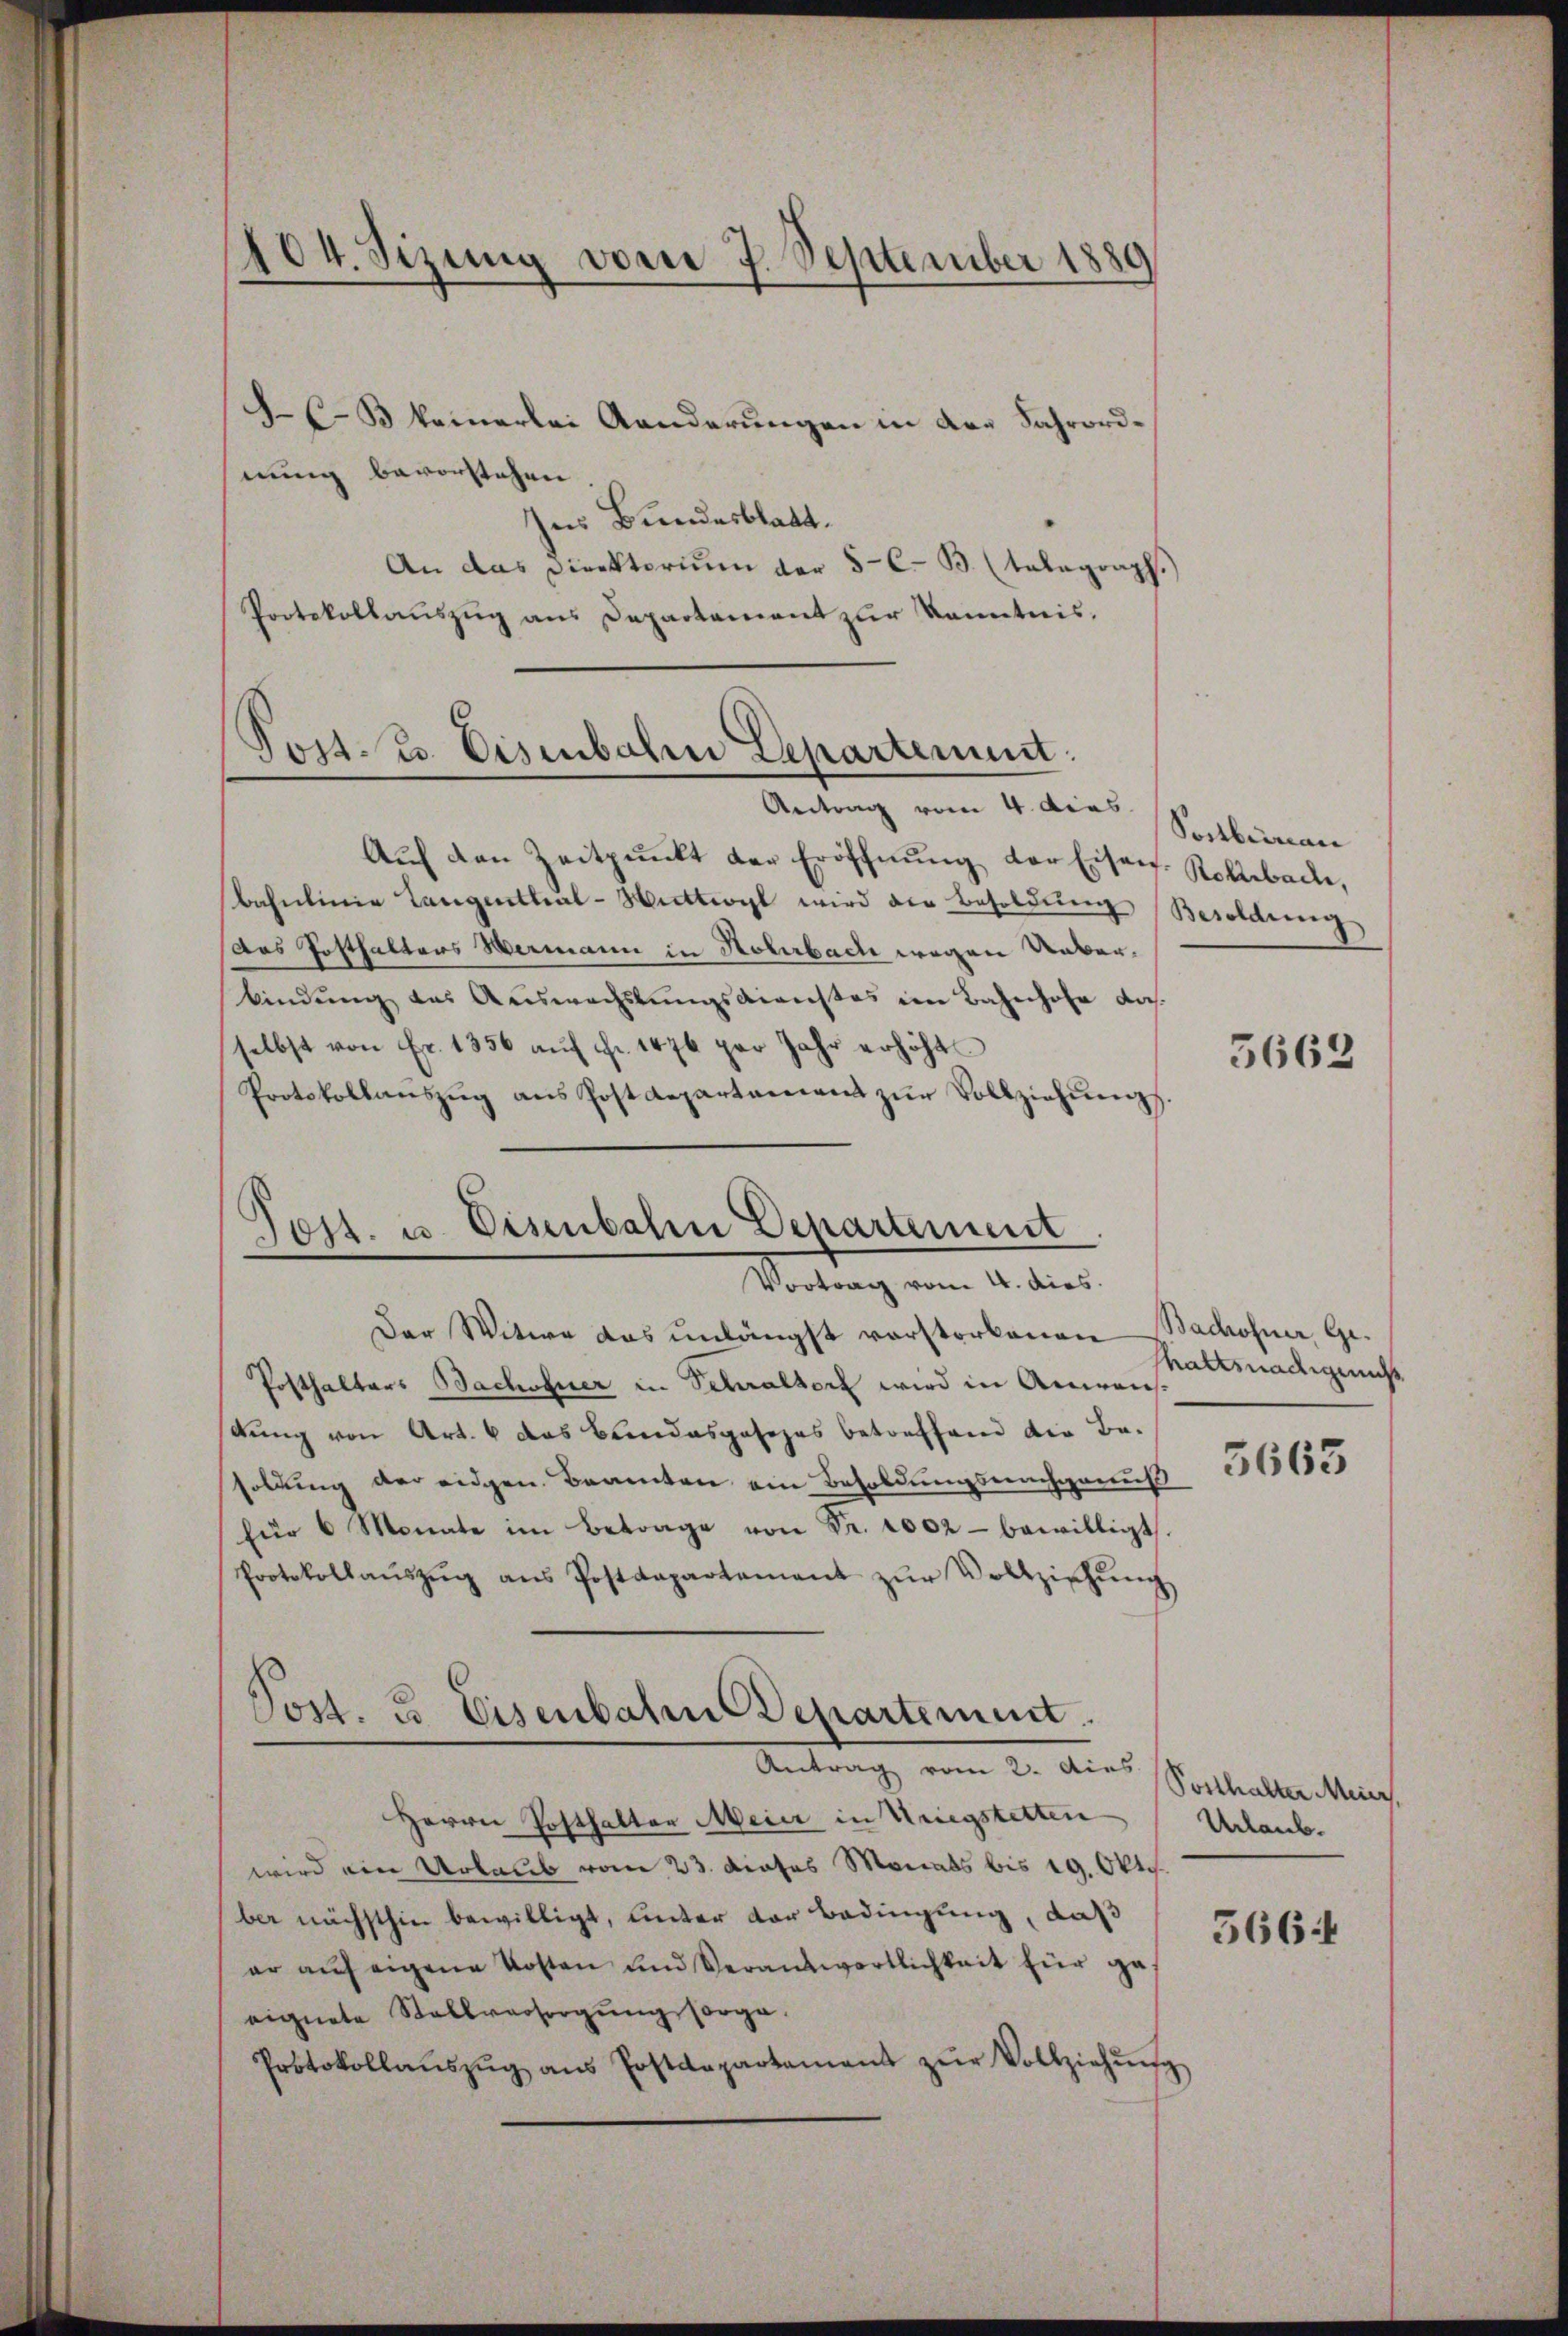
104. Sizung vom 7. September 1889

(B keinerlei Aanderungen in der Fahrordnung bevorstehen
Ins Bundesblatt.
An das Direktorium der 5-C. B. (talagraph.)
Protokollauszug aus Departement zur Kenntnis.

Post. Zs. Eisenbahn Departement.
Antrag vom 4. dies

Post. u. Eisenbahn Departement
Vortrag vom 4. dies

Auf den Zeitpunkt der Eröffnung der Eisen. Rehlebache,
Bahnlinie Langenthal-Wattwyl wird die Besoldung
Das Posthalters Wermann in Noterbach wegen Ueberbindŭng aus Auswachslungsdienstes im Bahnhofe das
selbst von Fr. 1356 aŭf Fr. 1476 per Jahr erhöht
Protokollaŭszŭg ans Postdepartament zŭr Vollziehŭng.
Der Witwe das unlängst vorstorbenen Bachofner, Ge¬
Posthalters Bachofner in Sehraltorf wird in Anweich
dung von Art. 4 das Bandasposezes betreffend die Besoldung der eidgen. Beamten am Besoldungsnachgenuß 36685
für 6 Monate im Betrage von Fr. 1002 - bewilligt.
Protokollaŭszŭg ans Postdepartement zŭr Vollziehŭng
Post. u. Eisenbahne Departement.
Antrag vom 2. Ains
Herrn Posthalter Meier in Kriegstetten
wird ein Urlaub vom 23. dieses Monats bis 19. Okt.
ber nächsthin bewilligt, unter der Bedingung, daß
er aŭf eigene Kosten und Verantwortlichkeit für ges
eignete Stallversorgung sorge.
Protokollaŭszŭg aŭs Postdepartement zŭr Vollziehŭn

Soctberau
Besoldung

5662

haltsnadigung

Posthalter Meier,
Urlaub.

5664